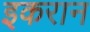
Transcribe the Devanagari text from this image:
इकरान